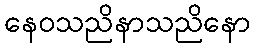
နေဝသညိနာသညိနော